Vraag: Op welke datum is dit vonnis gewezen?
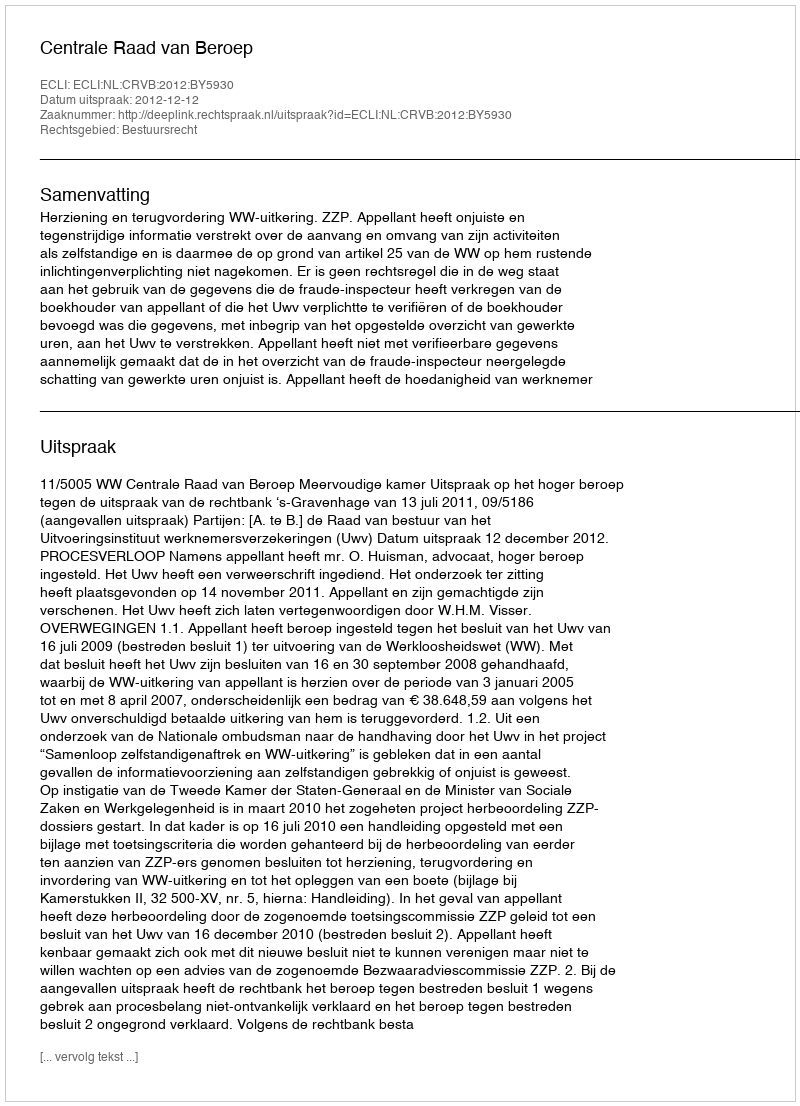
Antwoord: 2012-12-12